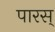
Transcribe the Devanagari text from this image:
पारस्